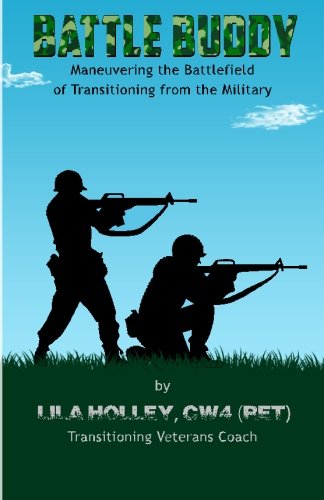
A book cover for Battle Buddy: Maneuvering the Battlefield of Transitioning from the Military; Lila Holley; Parenting & Relationships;